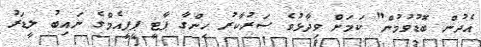
އެދުން ބޮޑުވުމުން" ކަމަށް ވިދާޅުވެ ސަރުކާރު ހިންގާ ޕާޓީ ޕީޕީއެމްގެ ނައިބު ލީޑަރު